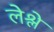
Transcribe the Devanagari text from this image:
लेश्ले